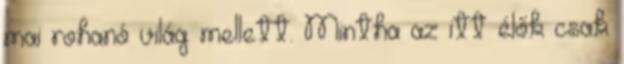
mai rohanó világ mellett. Mintha az itt élők csak